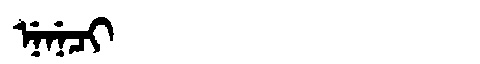
Manchu: ᠨᡝᠨᡝᠴᡳ
Romanization: NENECI